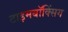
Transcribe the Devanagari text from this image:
टाइमबॉक्सिंग